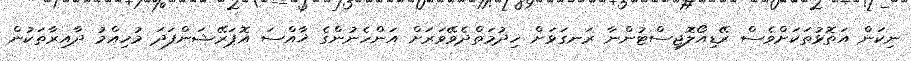
ނިކަން އަތޮޅުތަކަށްވެސް ރޭޑިއޯލޮޖިސްޓުންނާ ރަނގަޅަށް ޚިދުމަތްދެވޭވަރަށް އަންހެނުންގެ ޚާއްސަ އޮޕަރޭޝަންފަދަ މުހިއްމު ދާއިރާތަކުން